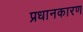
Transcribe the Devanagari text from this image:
प्रधानकारण